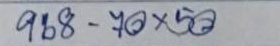
968 - 70 x 50